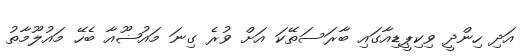
އަދި ހިންދީ ވިކިޕީޑިއާގައި ބާރަސަތޭކަ އަށް ވުރެ ގިނަ މައުޟޫއާ ބެހޭ މައުލޫމާތު